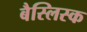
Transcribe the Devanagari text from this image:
बैस्लिस्क